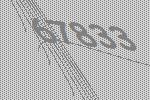
67833